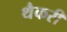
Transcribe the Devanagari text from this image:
थैकरी